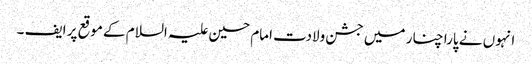
انہوں نے پارا چنار میں جشن ولادت امام حسین علیہ السلام کے موقع پر ایف ۔